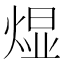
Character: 𬊭